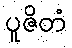
ပူဇိတံ